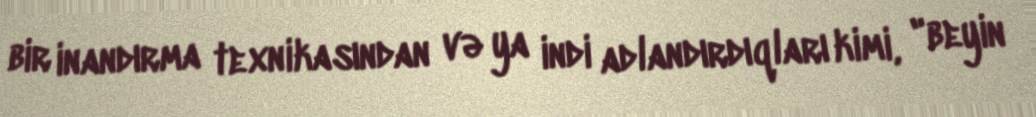
bir inandırma texnikasından və ya indi adlandırdıqları kimi, "beyin